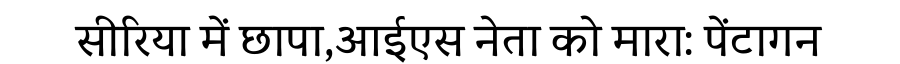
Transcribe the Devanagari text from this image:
सीरिया में छापा,आईएस नेता को मारा: पेंटागन